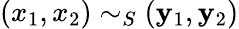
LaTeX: (x_{1},x_{2})\sim_{S}(\mathbf{y}_{1},\mathbf{y}_{2})